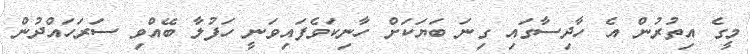
މީގެ އިތުރުން އެ ހާދިސާގައި ގިނަ ބަޔަކަށް ހާނިކަވެފައިވަނީ ހަފުލާ ބޭއްވި ސަރަހައްދުން